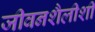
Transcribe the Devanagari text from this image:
जीवनशैलीशी